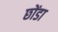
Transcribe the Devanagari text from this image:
छोंडा